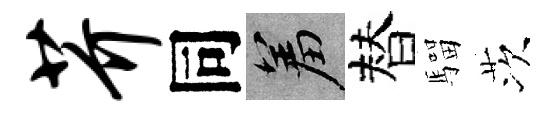
芥同羞替騮茨